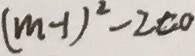
( m - 1 ) ^ { 2 } - 2 c o